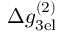
\Delta g _ { \mathrm { 3 e l } } ^ { ( 2 ) }